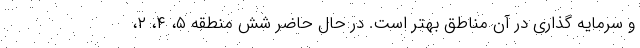
و سرمایه گذاری در آن مناطق بهتر است. در حال حاضر شش منطقه ۵، ۴، ۲،